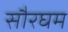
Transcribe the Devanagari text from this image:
सौरघम